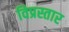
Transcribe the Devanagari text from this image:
विप्रस्तार